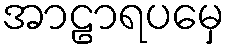
အာဠာရပမှေ